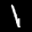
Label: 1